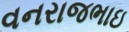
વનરાજભાઇ